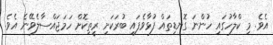
އެވެ. މި ކްލާހުގައި ހުންނަ ގޮނޑިތައް ފުޅާވެފައި ބުރަކަށި ރީތިކޮށް ހަމަޖައްސާލެވޭނެ އެވެ.